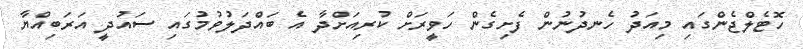
ހޮޓެލްޖެންގައި މިއަދު ހެނދުނުން ފެށިގެން ހަވީރަށް ކުރިއަށްދާ އެ ބައްދަލުވުމުގައި ސައުދީ އަރަބިއްޔާ